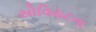
સોવિયટના